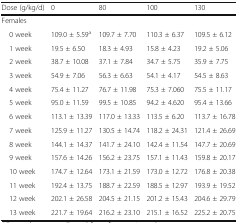
<table><thead><tr><td><b>Dose (g/kg/d)</b></td><td><b>0</b></td><td><b>80</b></td><td><b>100</b></td><td><b>130</b></td></tr></thead><tbody><tr><td colspan="5">Females</td></tr><tr><td> 0 week</td><td>109.0 ± 5.59<sup>a</sup></td><td>109.7 ± 7.70</td><td>110.3 ± 6.37</td><td>109.5 ± 6.12</td></tr><tr><td> 1 week</td><td>19.5 ± 6.50</td><td>18.3 ± 4.93</td><td>15.8 ± 4.23</td><td>19.2 ± 5.06</td></tr><tr><td> 2 week</td><td>38.7 ± 10.08</td><td>37.1 ± 7.84</td><td>34.7 ± 5.75</td><td>35.9 ± 7.75</td></tr><tr><td> 3 week</td><td>54.9 ± 7.06</td><td>56.3 ± 6.63</td><td>54.1 ± 4.17</td><td>54.5 ± 8.63</td></tr><tr><td> 4 week</td><td>75.4 ± 11.27</td><td>76.7 ± 11.98</td><td>75.3 ± 7.060</td><td>75.5 ± 11.17</td></tr><tr><td> 5 week</td><td>95.0 ± 11.59</td><td>99.5 ± 10.85</td><td>94.2 ± 4.620</td><td>95.4 ± 13.66</td></tr><tr><td> 6 week</td><td>113.1 ± 13.39</td><td>117.0 ± 13.33</td><td>113.5 ± 6.20</td><td>113.7 ± 16.78</td></tr><tr><td> 7 week</td><td>125.9 ± 11.27</td><td>130.5 ± 14.74</td><td>118.2 ± 24.31</td><td>121.4 ± 26.69</td></tr><tr><td> 8 week</td><td>144.1 ± 14.37</td><td>141.7 ± 24.10</td><td>142.4 ± 11.54</td><td>147.7 ± 20.69</td></tr><tr><td> 9 week</td><td>157.6 ± 14.26</td><td>156.2 ± 23.75</td><td>157.1 ± 11.43</td><td>159.8 ± 20.17</td></tr><tr><td> 10 week</td><td>174.7 ± 12.64</td><td>173.1 ± 21.59</td><td>173.0 ± 12.72</td><td>176.8 ± 20.38</td></tr><tr><td> 11 week</td><td>192.4 ± 13.75</td><td>188.7 ± 22.59</td><td>188.5 ± 12.97</td><td>193.9 ± 19.52</td></tr><tr><td> 12 week</td><td>202.1 ± 26.58</td><td>204.5 ± 21.15</td><td>201.2 ± 15.43</td><td>204.6 ± 29.79</td></tr><tr><td> 13 week</td><td>221.7 ± 19.64</td><td>216.2 ± 23.10</td><td>215.1 ± 16.52</td><td>225.2 ± 20.75</td></tr></tbody></table>